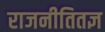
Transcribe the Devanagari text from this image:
राजनीतितज्ञ